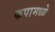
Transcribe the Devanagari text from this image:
कपामध्ये